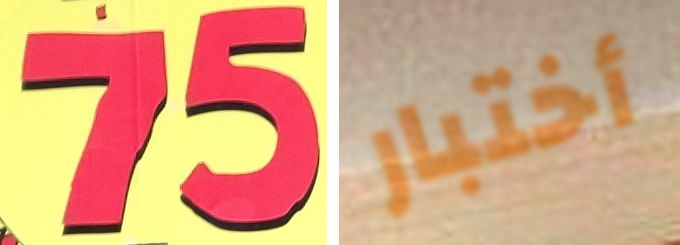
75 أختبار